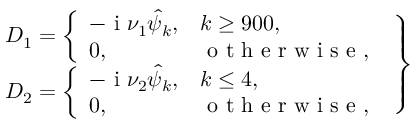
\left. \begin{array} { r } { D _ { 1 } = \left\{ \begin{array} { l l } { - \textnormal { i } \nu _ { 1 } \hat { \psi } _ { k } , } & { k \ge 9 0 0 , } \\ { 0 , } & { \mathrm { ~ o ~ t ~ h ~ e ~ r ~ w ~ i ~ s ~ e ~ } , } \end{array} \right. } \\ { D _ { 2 } = \left\{ \begin{array} { l l } { - \textnormal { i } \nu _ { 2 } \hat { \psi } _ { k } , } & { k \le 4 , } \\ { 0 , } & { \mathrm { ~ o ~ t ~ h ~ e ~ r ~ w ~ i ~ s ~ e ~ } , } \end{array} \right. } \end{array} \right\}